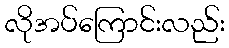
လိုအပ်ကြောင်းလည်း